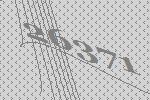
26371